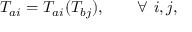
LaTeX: T _ { a i } = T _ { a i } ( T _ { b j } ) , \qquad \forall \ i , j ,